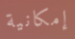
إمكانية